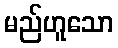
မည်ဟူသော